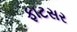
ફાટસર